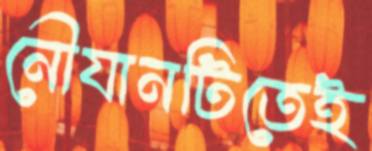
নৌযানটিতেই